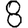
Digit: 8